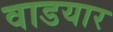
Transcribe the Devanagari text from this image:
वाडयार